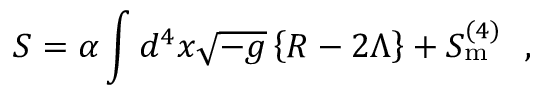
S = \alpha \int d ^ { 4 } x \sqrt { - g } \left\{ R - 2 \Lambda \right\} + S _ { \mathrm { { m } } } ^ { ( 4 ) } \, \, \, \, ,